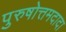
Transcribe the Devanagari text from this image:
पुरुषोत्तमदादा